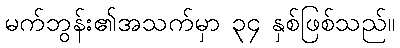
မက်ဘွန်း၏အသက်မှာ ၃၄ နှစ်ဖြစ်သည်။